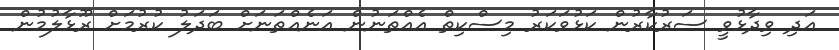
އަދި ވިދާޅުވީ ސަރުކާރުން ކަޅުވަކަރު މިސްކިތް އެއްތަނުން އަނެއްތަނަށް ބަދަލު ކުރުމަށް ރޫޅާލުމުން